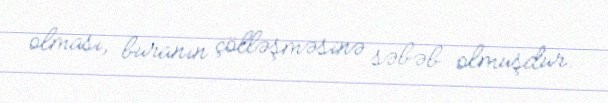
olması, buranın çölləşməsinə səbəb olmuşdur.